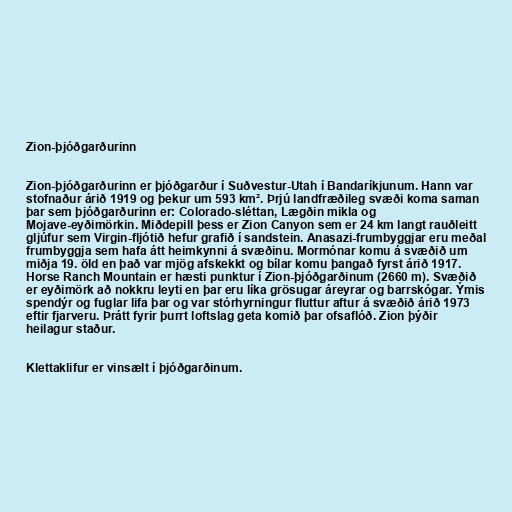
Zion-þjóðgarðurinn

Zion-þjóðgarðurinn er þjóðgarður í Suðvestur-Utah í Bandaríkjunum. Hann var
stofnaður árið 1919 og þekur um 593 km². Þrjú landfræðileg svæði koma saman
þar sem þjóðgarðurinn er: Colorado-sléttan, Lægðin mikla og
Mojave-eyðimörkin. Miðdepill þess er Zion Canyon sem er 24 km langt rauðleitt
gljúfur sem Virgin-fljótið hefur grafið í sandstein. Anasazi-frumbyggjar eru meðal
frumbyggja sem hafa átt heimkynni á svæðinu. Mormónar komu á svæðið um
miðja 19. öld en það var mjög afskekkt og bílar komu þangað fyrst árið 1917.
Horse Ranch Mountain er hæsti punktur í Zion-þjóðgarðinum (2660 m). Svæðið
er eyðimörk að nokkru leyti en þar eru líka grösugar áreyrar og barrskógar. Ýmis
spendýr og fuglar lifa þar og var stórhyrningur fluttur aftur á svæðið árið 1973
eftir fjarveru. Þrátt fyrir þurrt loftslag geta komið þar ofsaflóð. Zion þýðir
heilagur staður.

Klettaklifur er vinsælt í þjóðgarðinum.